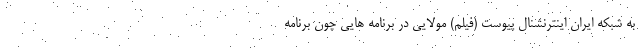
به شبکه ایران اینترنشنال پیوست (فیلم) مولایی در برنامه هایی چون برنامه